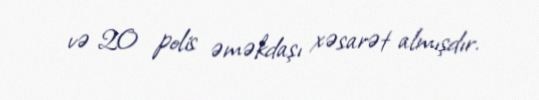
və 20 polis əməkdaşı xəsarət almışdır.